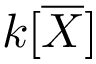
k [ { \overline { { X } } } ]